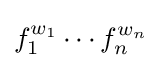
f_{1}^{w_{1}}\cdots f_{n}^{w_{n}}